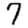
Digit: 7